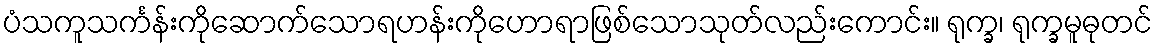
ပံသကူသင်္ကန်းကိုဆောက်သောရဟန်းကိုဟောရာဖြစ်သောသုတ်လည်းကောင်း။ ရုက္ခ၊ ရုက္ခမူဓုတင်